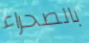
بالصحراء